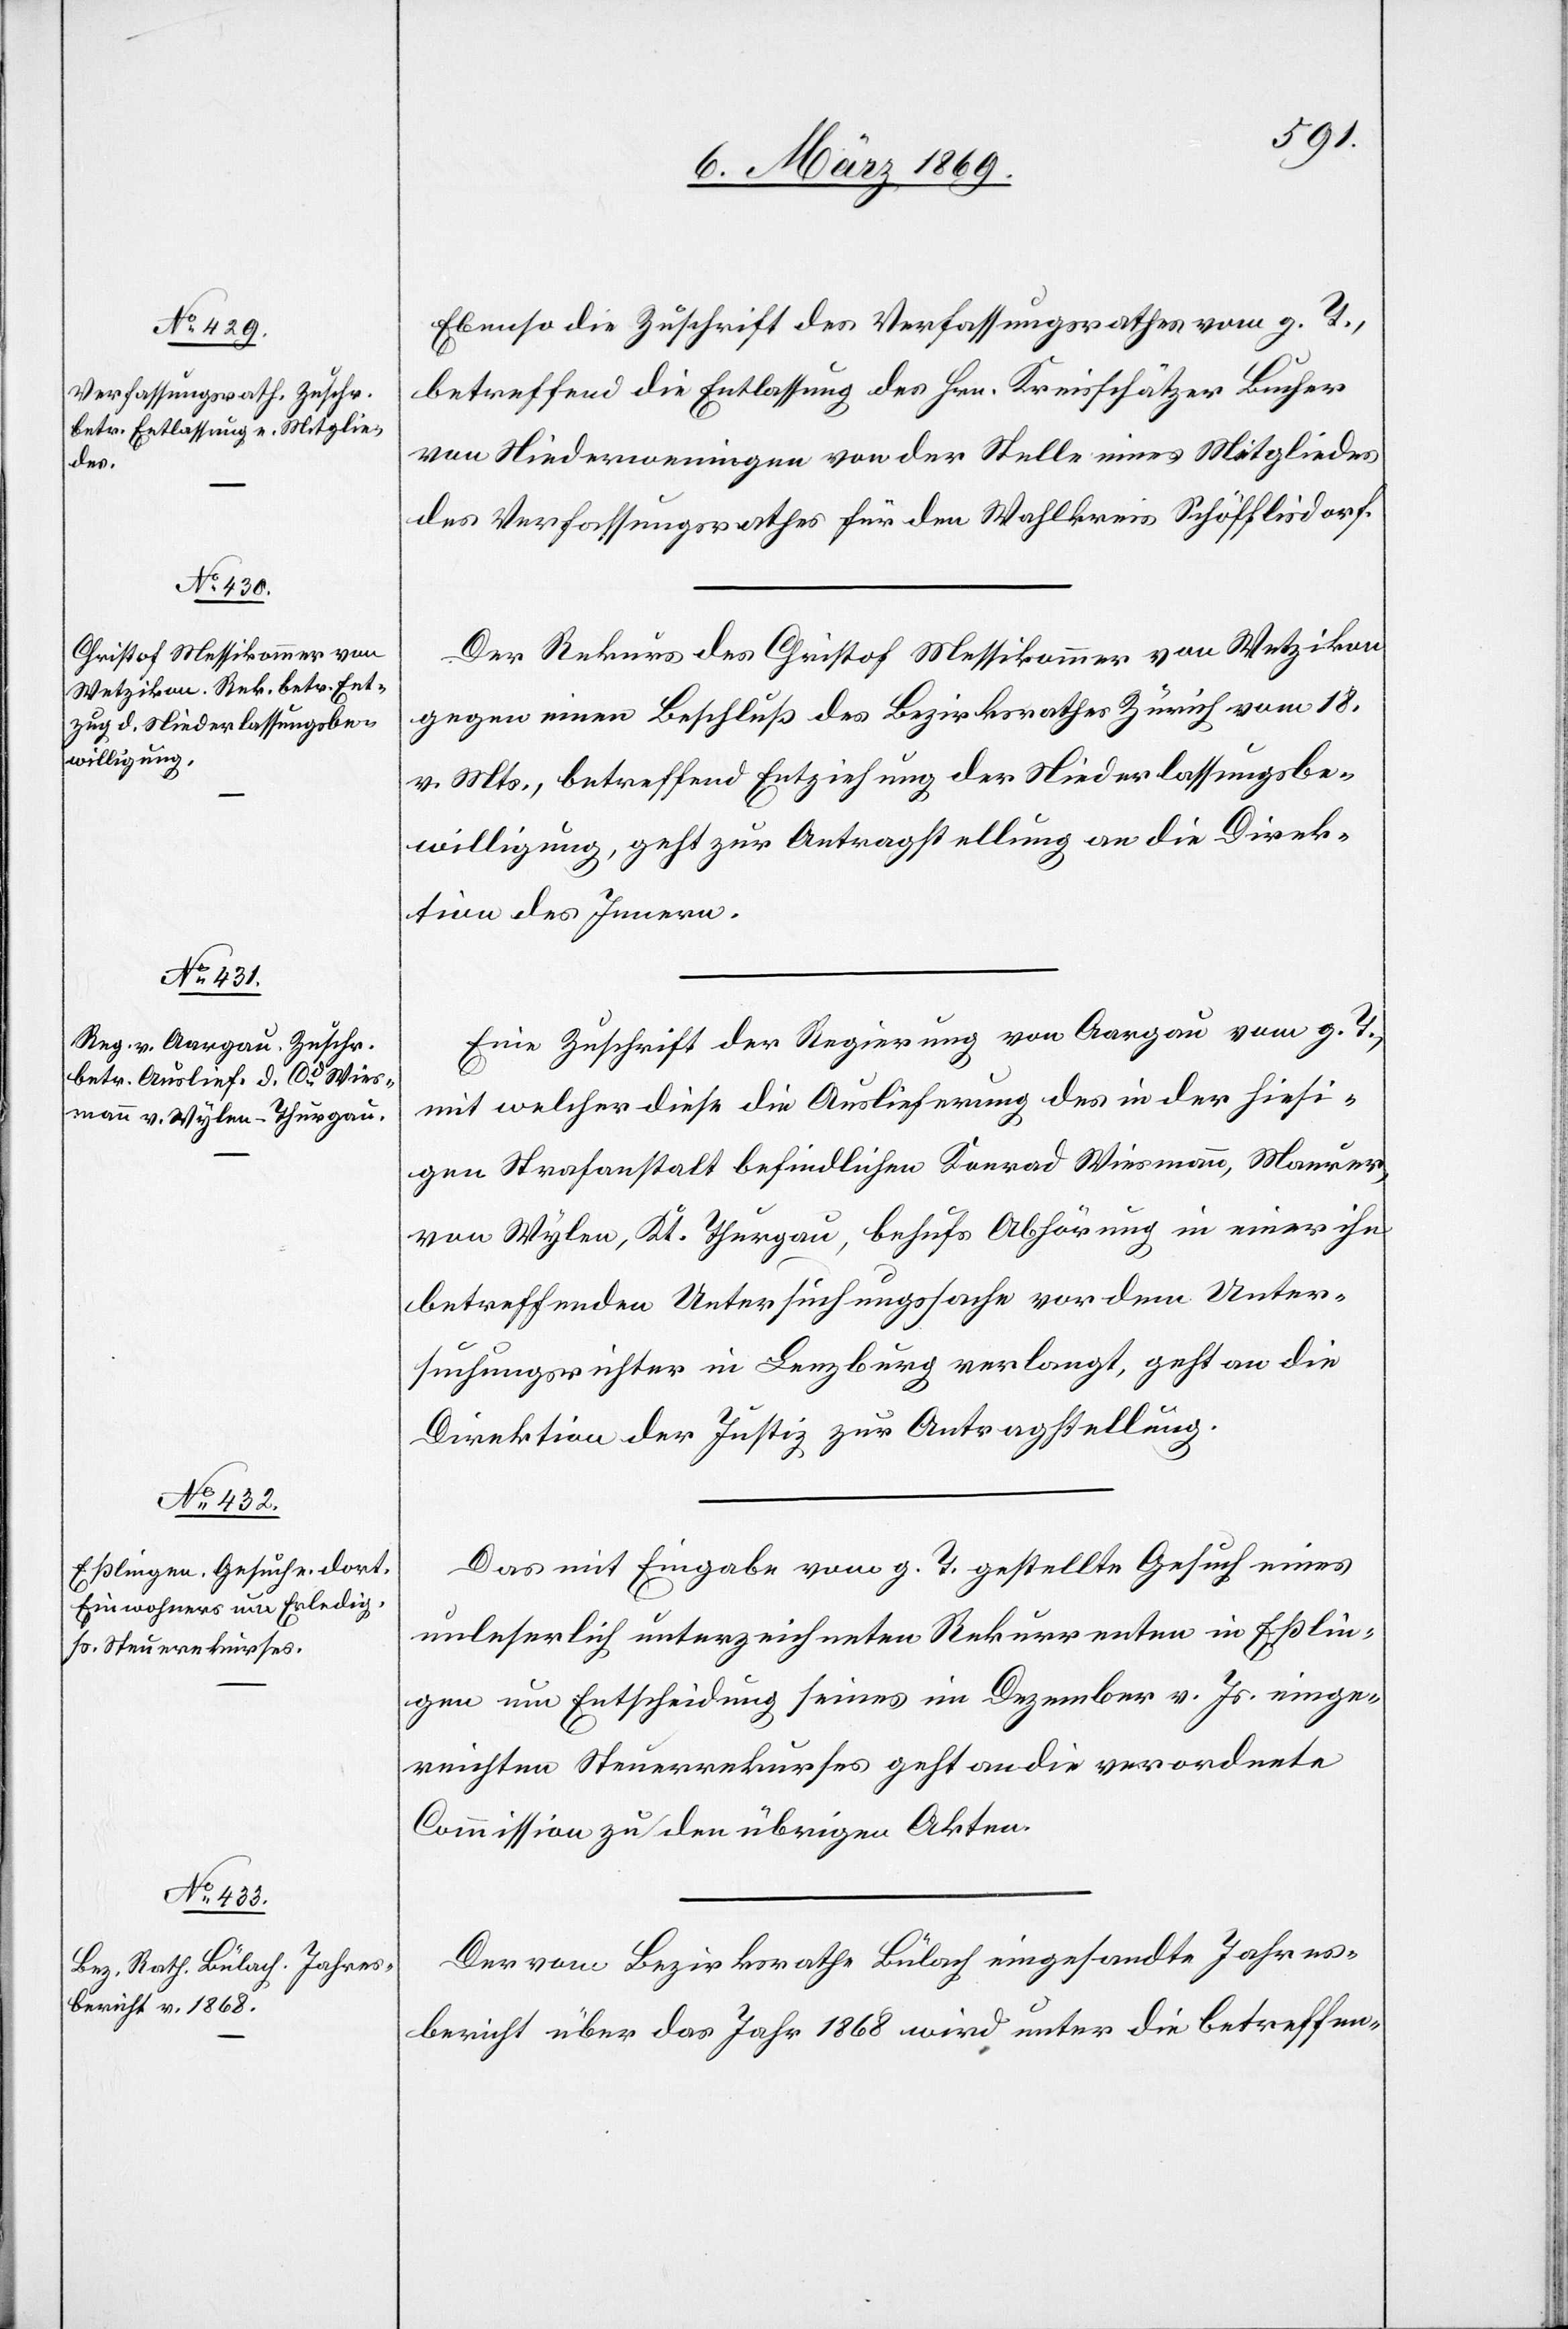
9. März 1869.]
Ebenso die Zuschrift des Verfassungsgesetzes vom g. T.,
betreffend die Entlassung des Hrn. Kreisschätzer Bucher
von Niederweningen von der Stelle eines Mitgliedes
des Verfassungsrathes für den Wahlkreis Schöfflisdorf.
Der Rekurs des Christof Messikommer von Wetzikon
gegen einen Beschluß des Bezirksrathes Zürich vom 18.
v. Mts., betreffend Entziehung der Niederlaßungsbe¬
willigung, geht zur Antragstellung an die Direk¬
tion des Innern.
Eine Zuschrift der Regierung von Aargau vom g. T.,
mit welcher diese die Auslieferung des in der hiesi¬
gen Strafanstalt befindlichen Konrad [sic!] Wiesmann, Maurer,
von Wylen, Kt. Thurgau, behufs Abhörung in einer ihn
betreffenden Untersuchungssache vor dem Unter¬
suchungsrichter in Lenzburg verlangt, geht an die
Direktion der Justiz zur Antragstellung.
Das mit Eingabe vom g. T. gestellte Gesuch eines
unleserlich unterzeichneten Rekurrenten in Eßlin¬
gen um Entscheidung seines im Dezember v. Js. einge¬
reichten Steuerrekurses geht an die verordnete
Commission zu den übrigen Akten.
Der vom Bezirksrathe Bülach eingesandte Jahres¬
bericht über das Jahr 1868 wird unter die betreffen-